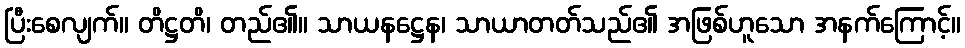
ပြီးစေလျက်။ တိဋ္ဌတိ၊ တည်၏။ သာယနဋ္ဌေန၊ သာယာတတ်သည်၏ အဖြစ်ဟူသော အနက်ကြောင့်။